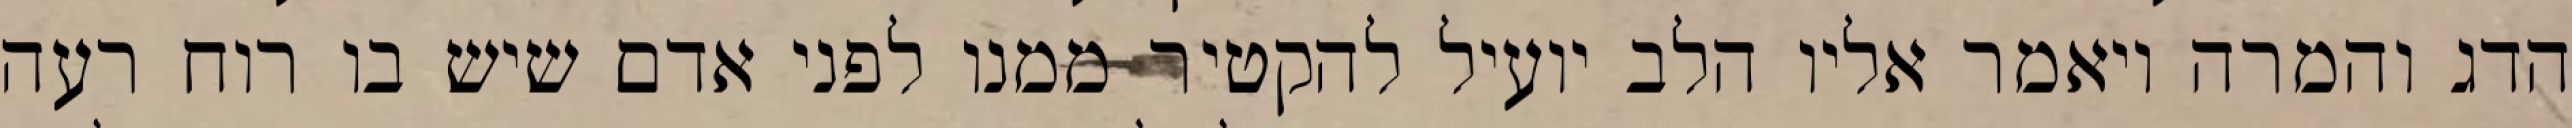
הדג והמרה ויאמר אליו הלב יועיל להקטיר ממנו לפני אדם שיש בו רוח רעה